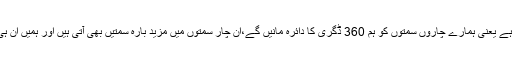
یوں نارتھ یعنی 0 ڈگری تک جانے کے لئے ہم کو 360 ڈگری طے کرنا ہوتا ہے یعنی ہمارے چاروں سمتوں کو ہم 360 ڈگری کا دائرہ مانیں گے،ان چار سمتوں میں مزید بارہ سمتیں بھی آتی ہیں اور ہمیں ان ہی سمتوں میں مختلف چھوٹی موٹی گھر کی ہی اشیاء رکھ کر اپنا رزلٹ لینا ہے ۔